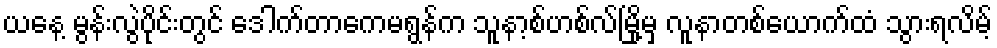
ယနေ့ မွန်းလွဲပိုင်းတွင် ဒေါက်တာကေမရွန်က သူနာ့စ်ဟစ်လ်မြို့မှ လူနာတစ်ယောက်ထံ သွားရလိမ့်